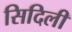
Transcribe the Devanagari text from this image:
सिदिली